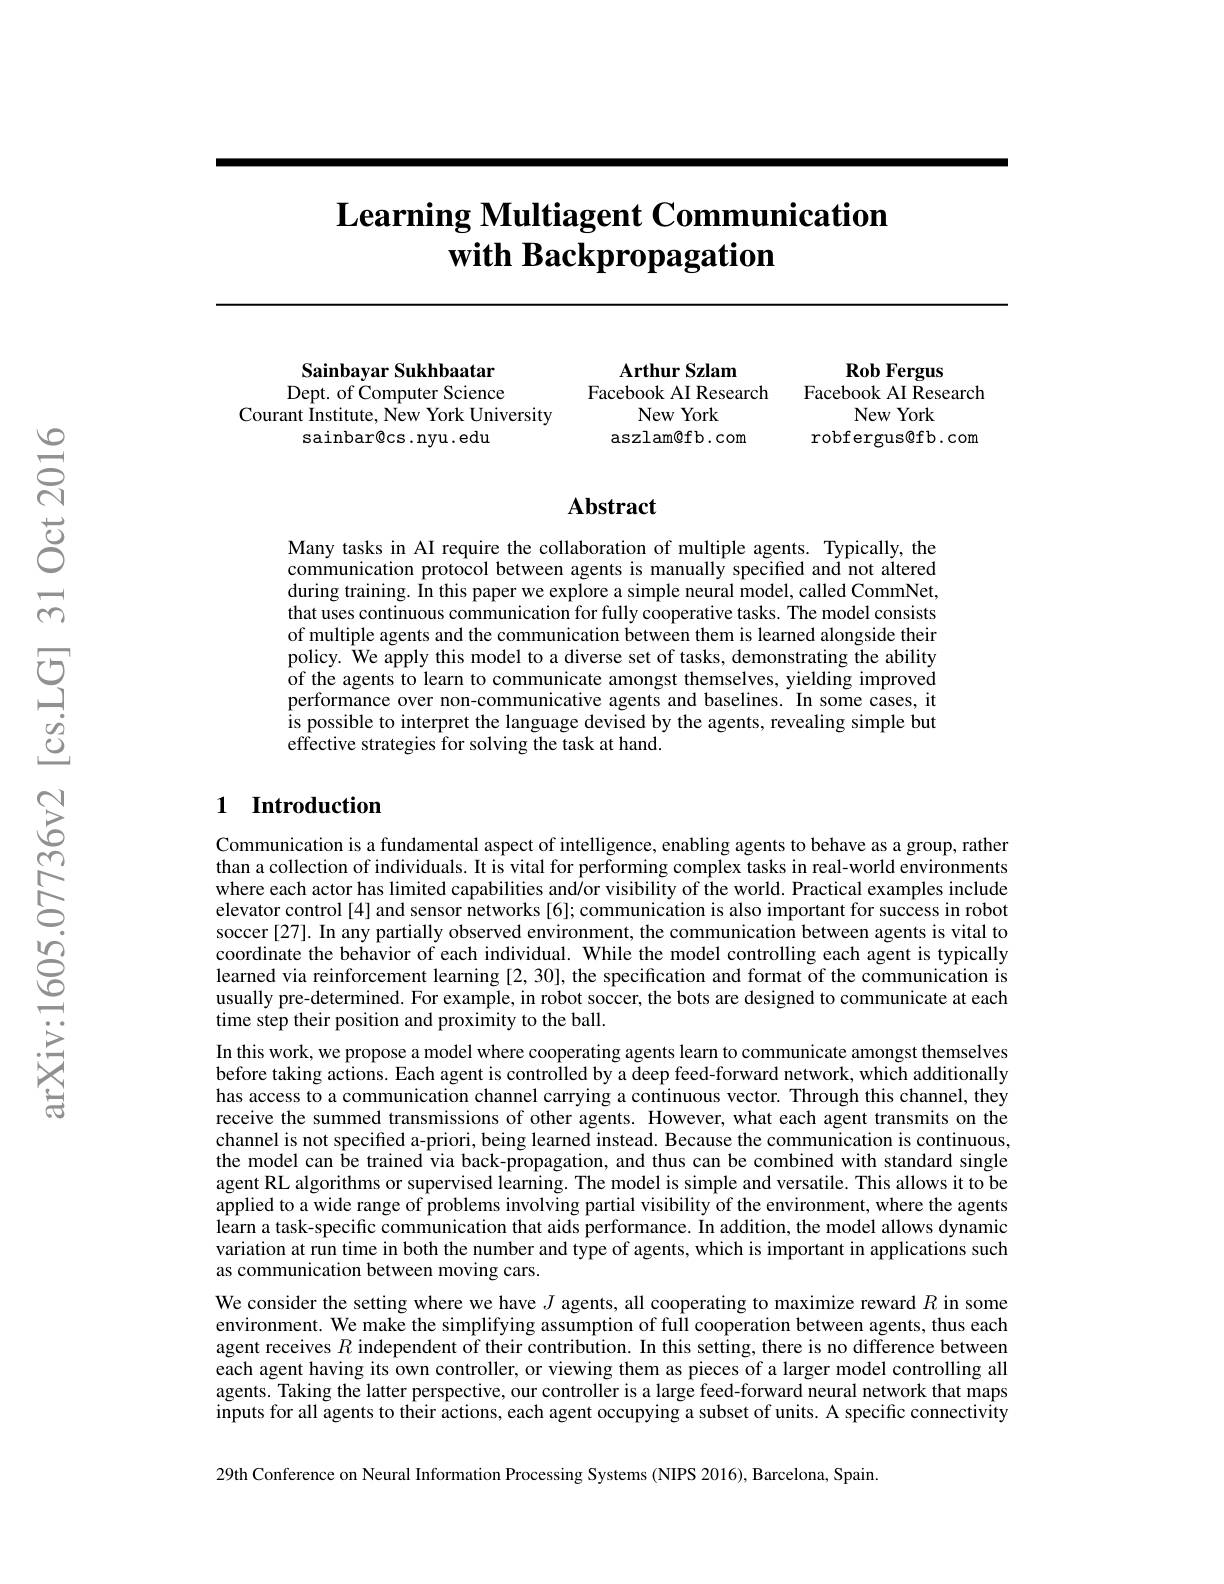
# $\textbf{Learning Multiagent Communication}$ with Backpropagation

Arthur Szlam
Facebook AI Research
New York
aszlam@ fb. com

Sainbayar Sukhbaatar Dept. of Computer Science
Courant Institute, New York University
sainbar@cs.nyu.edu

Rob Fergus
Facebook AI Research
New York
robfergus@fb.com

### $\mathbf{Abstract}$

Many tasks in AI require the collaboration of multiple agents. Typically, the communication protocol between agents is manually specified and not altered during training. In this paper we explore a simple neural model, called CommNet, that uses continuous communication for fully cooperative tasks. The model consists of multiple agents and the communication between them is learned alongside their policy. We apply this model to a diverse set of tasks, demonstrating the ability of the agents to learn to communicate amongst themselves, yielding improved performance over non-communicative agents and baselines. In some cases, it is possible to interpret the language devised by the agents, revealing simple but effective strategies for solving the task at hand.

### 1 Introduction

Communication is a fundamental aspect of intelligence, enabling agents to behave as a group, rather than a collection of individuals. It is vital for performing complex tasks in real-world environments where each actor has limited capabilities and/or visibility of the world. Practical examples include elevator control [4] and sensor networks [6]; communication is also important for success in robot soccer [27]. In any partially observed environment, the communication between agents is vital to coordinate the behavior of each individual. While the model controlling each agent is typically learned via reinforcement learning [2,30], the specification and format of the communication is usually pre-determined. For example, in robot soccer, the bots are designed to communicate at each time step their position and proximity to the ball.
In this work, we propose a model where cooperating agents learn to communicate amongst themselves before taking actions. Each agent is controlled by a deep feed-forward network, which additionally has access to a communication channel carrying a continuous vector. Through this channel, they receive the summed transmissions of other agents. However, what each agent transmits on the channel is not specified a-priori, being learned instead. Because the communication is continuous, the model can be trained via back-propagation, and thus can be combined with standard single agent RL algorithms or supervised learning. The model is simple and versatile. This allows it to be applied to a wide range of problems involving partial visibility of the environment, where the agents learn a task-specific communication that aids performance. In addition, the model allows dynamic variation at run time in both the number and type of agents, which is important in applications such as communication between moving cars.
We consider the setting where we have $J$ agents, all cooperating to maximize reward $R$ in some environment. We make the simplifying assumption of full cooperation between agents, thus each agent receives $R$ independent of their contribution. In this setting, there is no difference between each agent having its own controller, or viewing them as pieces of a larger model controlling all agents. Taking the latter perspective, our controller is a large feed-forward neural network that maps inputs for all agents to their actions, each agent occupying a subset of units. A specific connectivity

29th Conference on Neural Information Processing Systems (NIPS 2016), Barcelona, Spain.